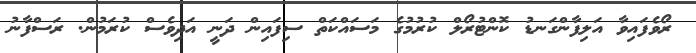
ރޯވެފައިވާ އަލިފާންގަނޑު ކޮންޓުރޯލް ކުރުމުގެ މަސައްކަތް ސިފައިން ދަނީ އަދިވެސް ކުރަމުން. ރަސްފާނު